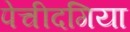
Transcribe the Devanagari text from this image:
पेचीदगिया